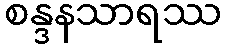
စန္ဒနသာရဿ